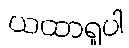
ယထာရူပါ